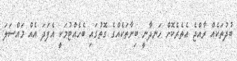
ބުދުތަކެއް ރާއްޖެ އެތެރެކޮށް ހަނދާނީ ބިނާތަކެއްގެ ގޮތުގައި ބެހެއްޓުމަކީ އެފަދަ އެއް މައްސަލަ